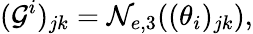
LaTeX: (\mathcal{G}^{i})_{jk}=\mathcal{N}_{e,3}((\theta_{i})_{jk}),